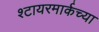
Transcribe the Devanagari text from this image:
श्टायरमार्कच्या